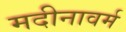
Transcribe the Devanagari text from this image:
मदीनावर्म